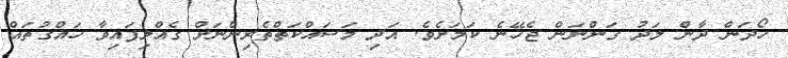
ހޯދަން ދާން ލަދު ގަންނަން ޖެހޭނެ ކަމަށެވެ. އަދި މަސައްކަތްތެރިންނަށް ގެއްލިފައިވާ ހައްގުތައް